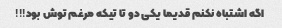
اگه اشتباه نکنم قدیما یکی دو تا تیکه مرغم توش بود!!!